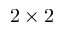
2 \times 2